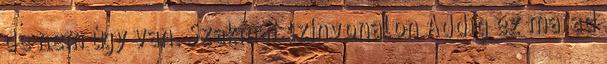
de nem úgy van. Szakmai színvonalon Addig ez marad